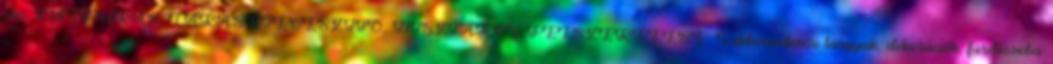
szó. FALFÚRÁS, LAKÁSKIEGÉSZÍTŐ, DÍSZTÁRGY FELSZERELÉSE. Lakberendezési tárgyak, dekorációk, fürdőszoba